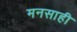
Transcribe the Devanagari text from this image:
मनसाही